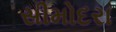
સીમોદરા